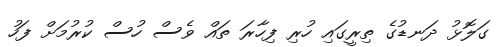
ގަލޮޅު ދަނޑުގެ ތިރީގައި ހުރި ފިހާރަ ތައް ވެސް ހުސް ކުރުމަށް ފަހު